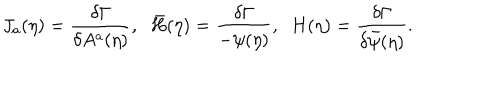
J _ { a } ( \eta ) = \frac { \delta \Gamma } { \delta A ^ { a } ( \eta ) } , \; \; \bar { H } ( \eta ) = \frac { \delta \Gamma } { - \psi ( \eta ) } , \; \; H ( \eta ) = \frac { \delta \Gamma } { \delta \bar { \psi } ( \eta ) } .